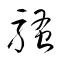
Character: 騒